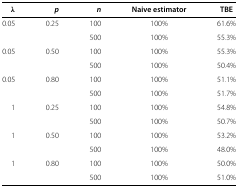
| λ | p | n | Naive estimator | TBE |
 | --- | --- | --- | --- | --- |
 | 0.05 | 0.25 | 100 | 100% | 61.6% |
 |  |  | 500 | 100% | 55.3% |
 | 0.05 | 0.50 | 100 | 100% | 55.3% |
 |  |  | 500 | 100% | 50.4% |
 | 0.05 | 0.80 | 100 | 100% | 51.1% |
 |  |  | 500 | 100% | 51.7% |
 | 1 | 0.25 | 100 | 100% | 54.8% |
 |  |  | 500 | 100% | 50.7% |
 | 1 | 0.50 | 100 | 100% | 53.2% |
 |  |  | 500 | 100% | 48.0% |
 | 1 | 0.80 | 100 | 100% | 50.0% |
 |  |  | 500 | 100% | 51.0% |